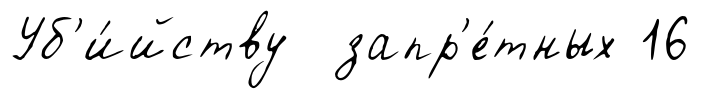
Уб'и́йству запр'е́тных 16